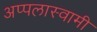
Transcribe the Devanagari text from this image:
अप्पलास्वामी